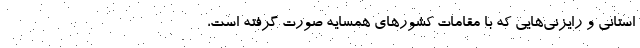
استانی و رایزنی‌هایی که با مقامات کشور‌های همسایه صورت گرفته است،